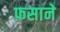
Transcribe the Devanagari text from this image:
फ़साने